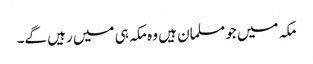
مکہ میں جو مسلمان ہیں وہ مکہ ہی میں رہیں گے۔